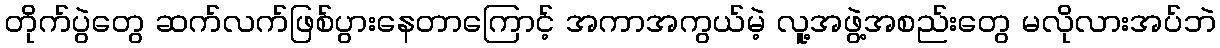
တိုက်ပွဲတွေ ဆက်လက်ဖြစ်ပွားနေတာကြောင့် အကာအကွယ်မဲ့ လူ့အဖွဲ့အစည်းတွေ မလိုလားအပ်ဘဲ